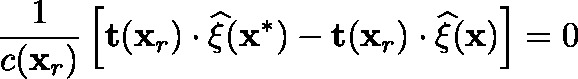
\frac { 1 } { c ( \mathbf { x } _ { r } ) } \left[ \mathbf { t } ( \mathbf { x } _ { r } ) \cdot \widehat { \mathbf { \xi } } ( \mathbf { x } ^ { * } ) - \mathbf { t } ( \mathbf { x } _ { r } ) \cdot \widehat { \mathbf { \xi } } ( \mathbf { x } ) \right] = 0